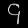
Digit: ၄